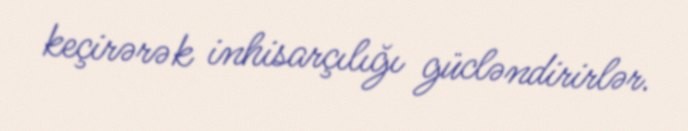
keçirərək inhisarçılığı gücləndirirlər.